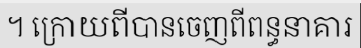
។ ក្រោយពីបានចេញពីពន្ធនាគារ